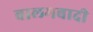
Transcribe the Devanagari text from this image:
बालमबादी